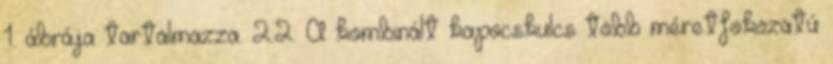
1. ábrája tartalmazza. 2.2. A kombinált kapocskulcs több méretfokozatú